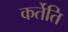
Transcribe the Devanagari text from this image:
कर्तेति